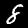
Label: 8